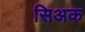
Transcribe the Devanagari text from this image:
सिअक